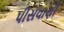
પીસવાથી